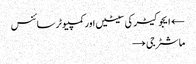
← ایجوکیٹر کی سیٹیں اور کمپیوٹر سائنس
ماشٹر جی →